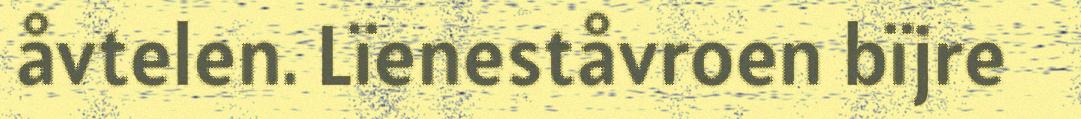
åvtelen. Lïeneståvroen bïjre